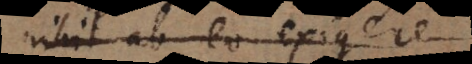
nihil ab eo exig